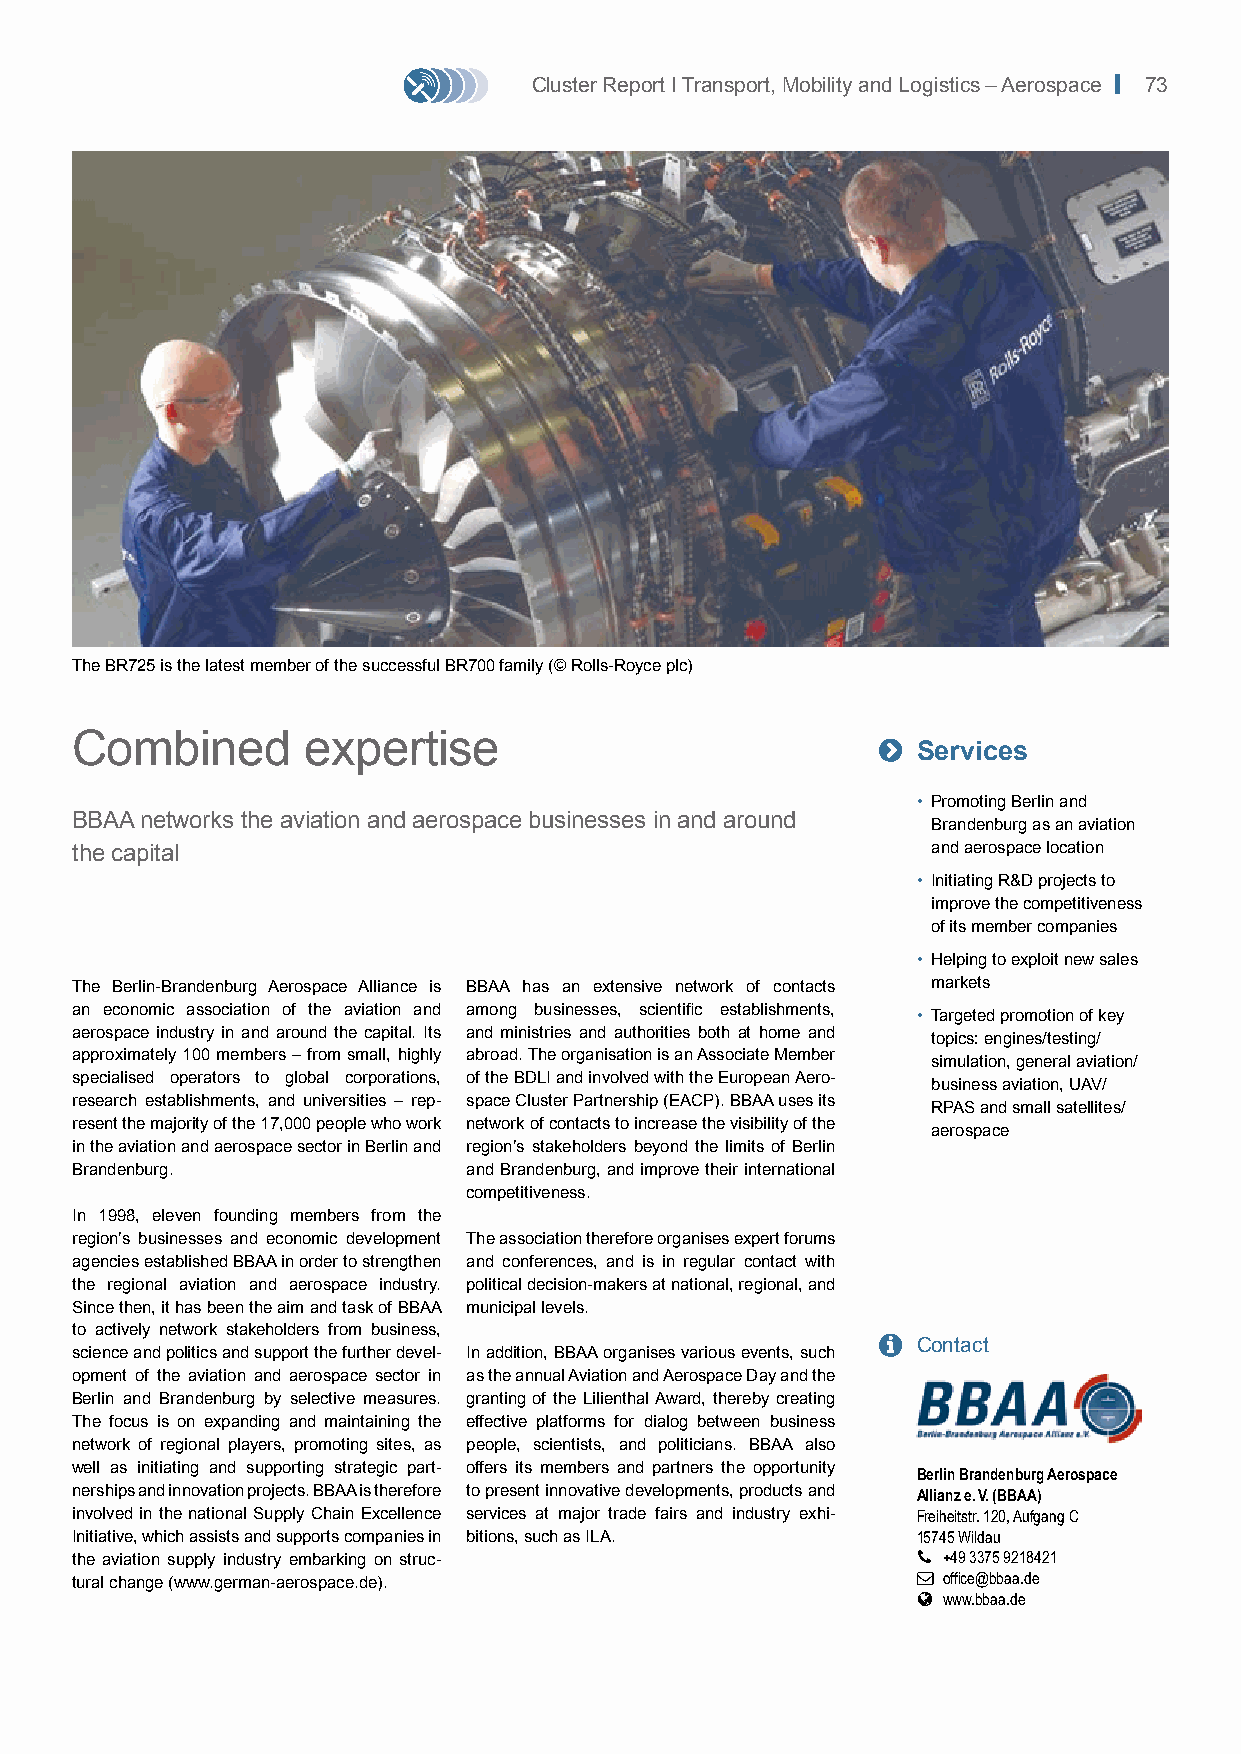
Cluster Report I Transport, Mobility and Logistics – Aerospace | 73
 The BR725 is the latest member of the successful BR700 family (© Rolls-Royce plc)
 Combined       expertise                             
 Services
 • Promoting Berlin and
 BBAA networks the aviation and aerospace businesses in and around
 Brandenburg as an aviation
 the capital                                              and aerospace location
 • Initiating R&D projects to
 improve the competitiveness
 of its member companies
 • Helping to exploit new sales
 The Berlin-Brandenburg Aerospace Alliance is BBAA has an extensive network of contacts markets
 an economic association of the aviation and among businesses, scientific establishments,
 • Targeted promotion of key
 aerospace industry in and around the capital. Its and ministries and authorities both at home and
 topics: engines/testing/
 approximately 100 members – from small, highly abroad. The organisation is an Associate Member
 simulation, general aviation/
 specialised operators to global corporations, of the BDLI and involved with the European Aero-
 business aviation, UAV/
 research establishments, and universities – rep- space Cluster Partnership (EACP). BBAA uses its
 RPAS and small satellites/
 resent the majority of the 17,000 people who work network of contacts to increase the visibility of the
 aerospace
 in the aviation and aerospace sector in Berlin and region’s stakeholders beyond the limits of Berlin
 Brandenburg.              and Brandenburg, and improve their international
 competitiveness.
 In 1998, eleven founding members from the
 region’s businesses and economic development The association therefore organises expert forums
 agencies established BBAA in order to strengthen and conferences, and is in regular contact with
 the regional aviation and aerospace industry. political decision-makers at national, regional, and
 Since then, it has been the aim and task of BBAA municipal levels.
 to actively network stakeholders from business,
   Contact
 science and politics and support the further devel- In addition, BBAA organises various events, such
 opment of the aviation and aerospace sector in as the annual Aviation and Aerospace Day and the
 Berlin and Brandenburg by selective measures. granting of the Lilienthal Award, thereby creating
 The focus is on expanding and maintaining the effective platforms for dialog between business
 network of regional players, promoting sites, as people, scientists, and politicians. BBAA also
 well as initiating and supporting strategic part- offers its members and partners the opportunity Berlin Brandenburg Aerospace
 nerships and innovation projects. BBAA is therefore to present innovative developments, products and Allianz e. V. (BBAA)
 involved in the national Supply Chain Excellence services at major trade fairs and industry exhi- Freiheitstr. 120, Aufgang C
 Initiative, which assists and supports companies in bitions, such as ILA. 15745 Wildau
 the aviation supply industry embarking on struc-         +49 3375 9218421
 tural change (www.german-aerospace.de).                  office@bbaa.de
  www.bbaa.de